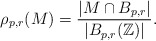
\begin{align*}\rho_{p,r}(M) = \frac{|M \cap B_{p,r}|}{|B_{p,r}(\mathbb{Z})|}.\end{align*}